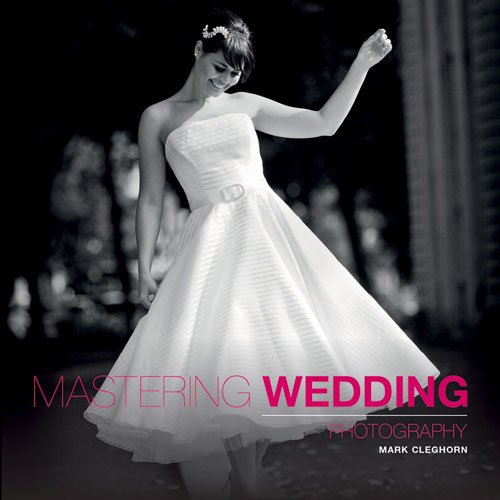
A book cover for Mastering Wedding Photography: Essential Techniques to Capture the Big Day; Mark Cleghorn; Crafts, Hobbies & Home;